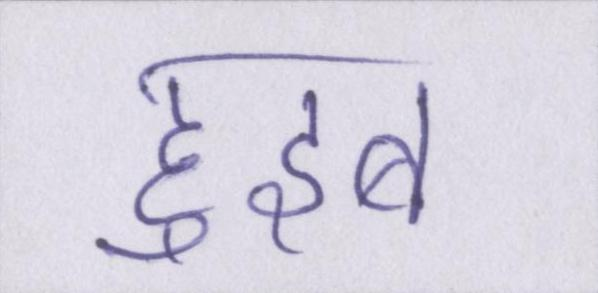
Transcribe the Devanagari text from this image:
हुइबे